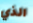
الذي